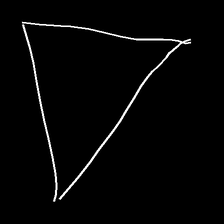
Glyph: convergence